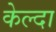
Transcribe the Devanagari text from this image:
केल्दा